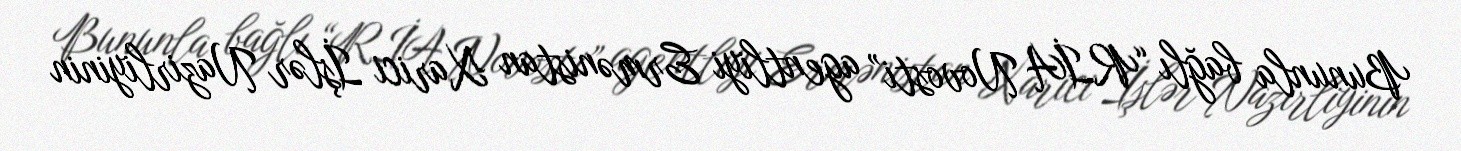
Bununla bağlı “RİA Novosti” agentliyi Ermənistan Xarici İşlər Nazirliyinin